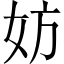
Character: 妨